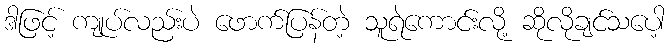
ဒါဖြင့် ကျုပ်လည်းပဲ ဖောက်ပြန်တဲ့ သူရဲကောင်းလို့ ဆိုလိုချင်သပေါ့